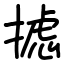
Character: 摅